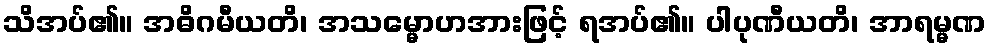
သိအပ်၏။ အဓိဂမီယတိ၊ အသမ္မောဟအားဖြင့် ရအပ်၏။ ပါပုဏီယတိ၊ အာရမ္မဏ